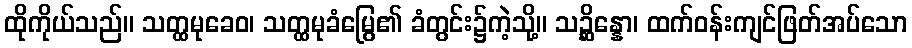
ထိုကိုယ်သည်။ သတ္ထမုခေဝ၊ သတ္ထမုခံမြွေ၏ ခံတွင်း၌ကဲ့သို့။ သဉ္ဆိန္နော၊ ထက်ဝန်းကျင်ဖြတ်အပ်သော